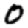
Digit: 0